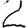
Digit: 2